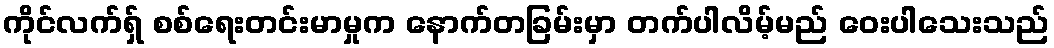
ကိုင်လက်ရှ် စစ်ရေးတင်းမာမှုက နောက်တခြမ်းမှာ တက်ပါလိမ့်မည် ဝေးပါသေးသည်